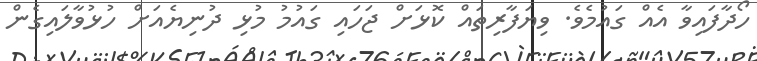
ހޯދާފައިވާ އެއް ގައުމެވެ. ވިޔަފާރިތައް ކޮޅަށް ޖަހައި ގައުމު މުޅި ދުނިޔެއަށް ހުޅުވާލައިގެން